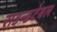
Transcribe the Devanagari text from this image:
राउन्डटेबल